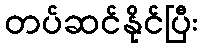
တပ်ဆင်နိုင်ပြီး